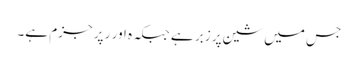
جس میں شین پر زبر ہے جبکہ ہ اور ر پر جزم ہے۔